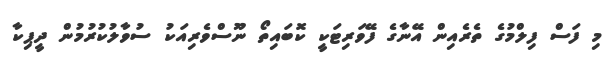
މި ފަސް ފިލްމުގެ ތެރެއިން އޭނާގެ ފޭވަރިޓަކީ ކޮބައިތޯ ނޫސްވެރިއަކު ސުވާލުކުރުމުން ދީޕިކާ